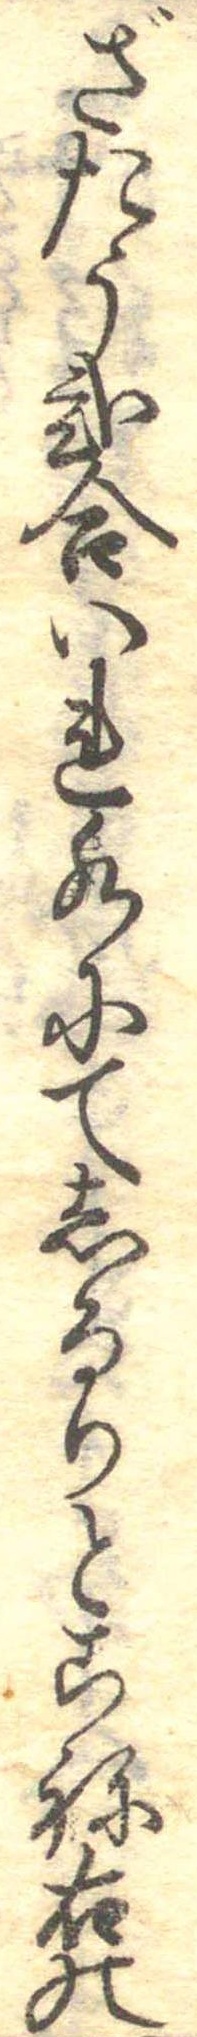
ざたう弐合いれ水にてしるりとこね右の